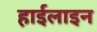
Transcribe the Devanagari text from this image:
हाईलाइन